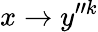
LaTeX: x\rightarrow y^{\prime\prime k}